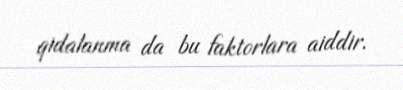
qidalanma da bu faktorlara aiddir.